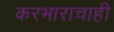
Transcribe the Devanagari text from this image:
करभाराचाही